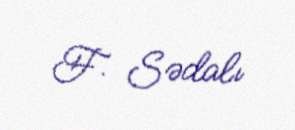
F. Sədalı